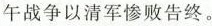
午战争以清军惨败告终。